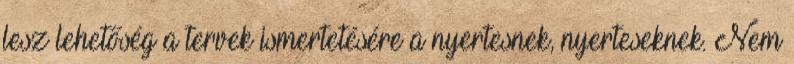
lesz lehetőség a tervek ismertetésére a nyertesnek, nyerteseknek. Nem